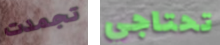
تجمدت تحتاجي